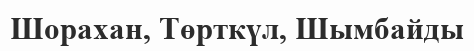
Шорахан, Төрткүл, Шымбайды